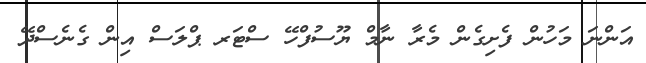
އަންނަ މަހުން ފެށިގެން މެރާ ނާމް ޔޫސުފްހޭ ސްޓަރ ޕްލަސް އިން ގެެނެސްދޭ